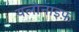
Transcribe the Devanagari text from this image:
यलोनाइफ़